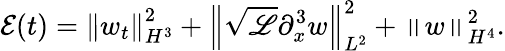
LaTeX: \mathcal{E}(t)=\left\| w_{t}\right\| _{H^{3}}^{2}+\left\| \sqrt{\mathscr{L}}\partial_{x}^{3}w\right\| _{L^{2}}^{2}+\left\| w\right\| _{H^{4}}^{2}.